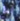
لذا